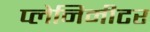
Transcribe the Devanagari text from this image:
प्लेनिमीटर